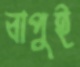
বাপুই